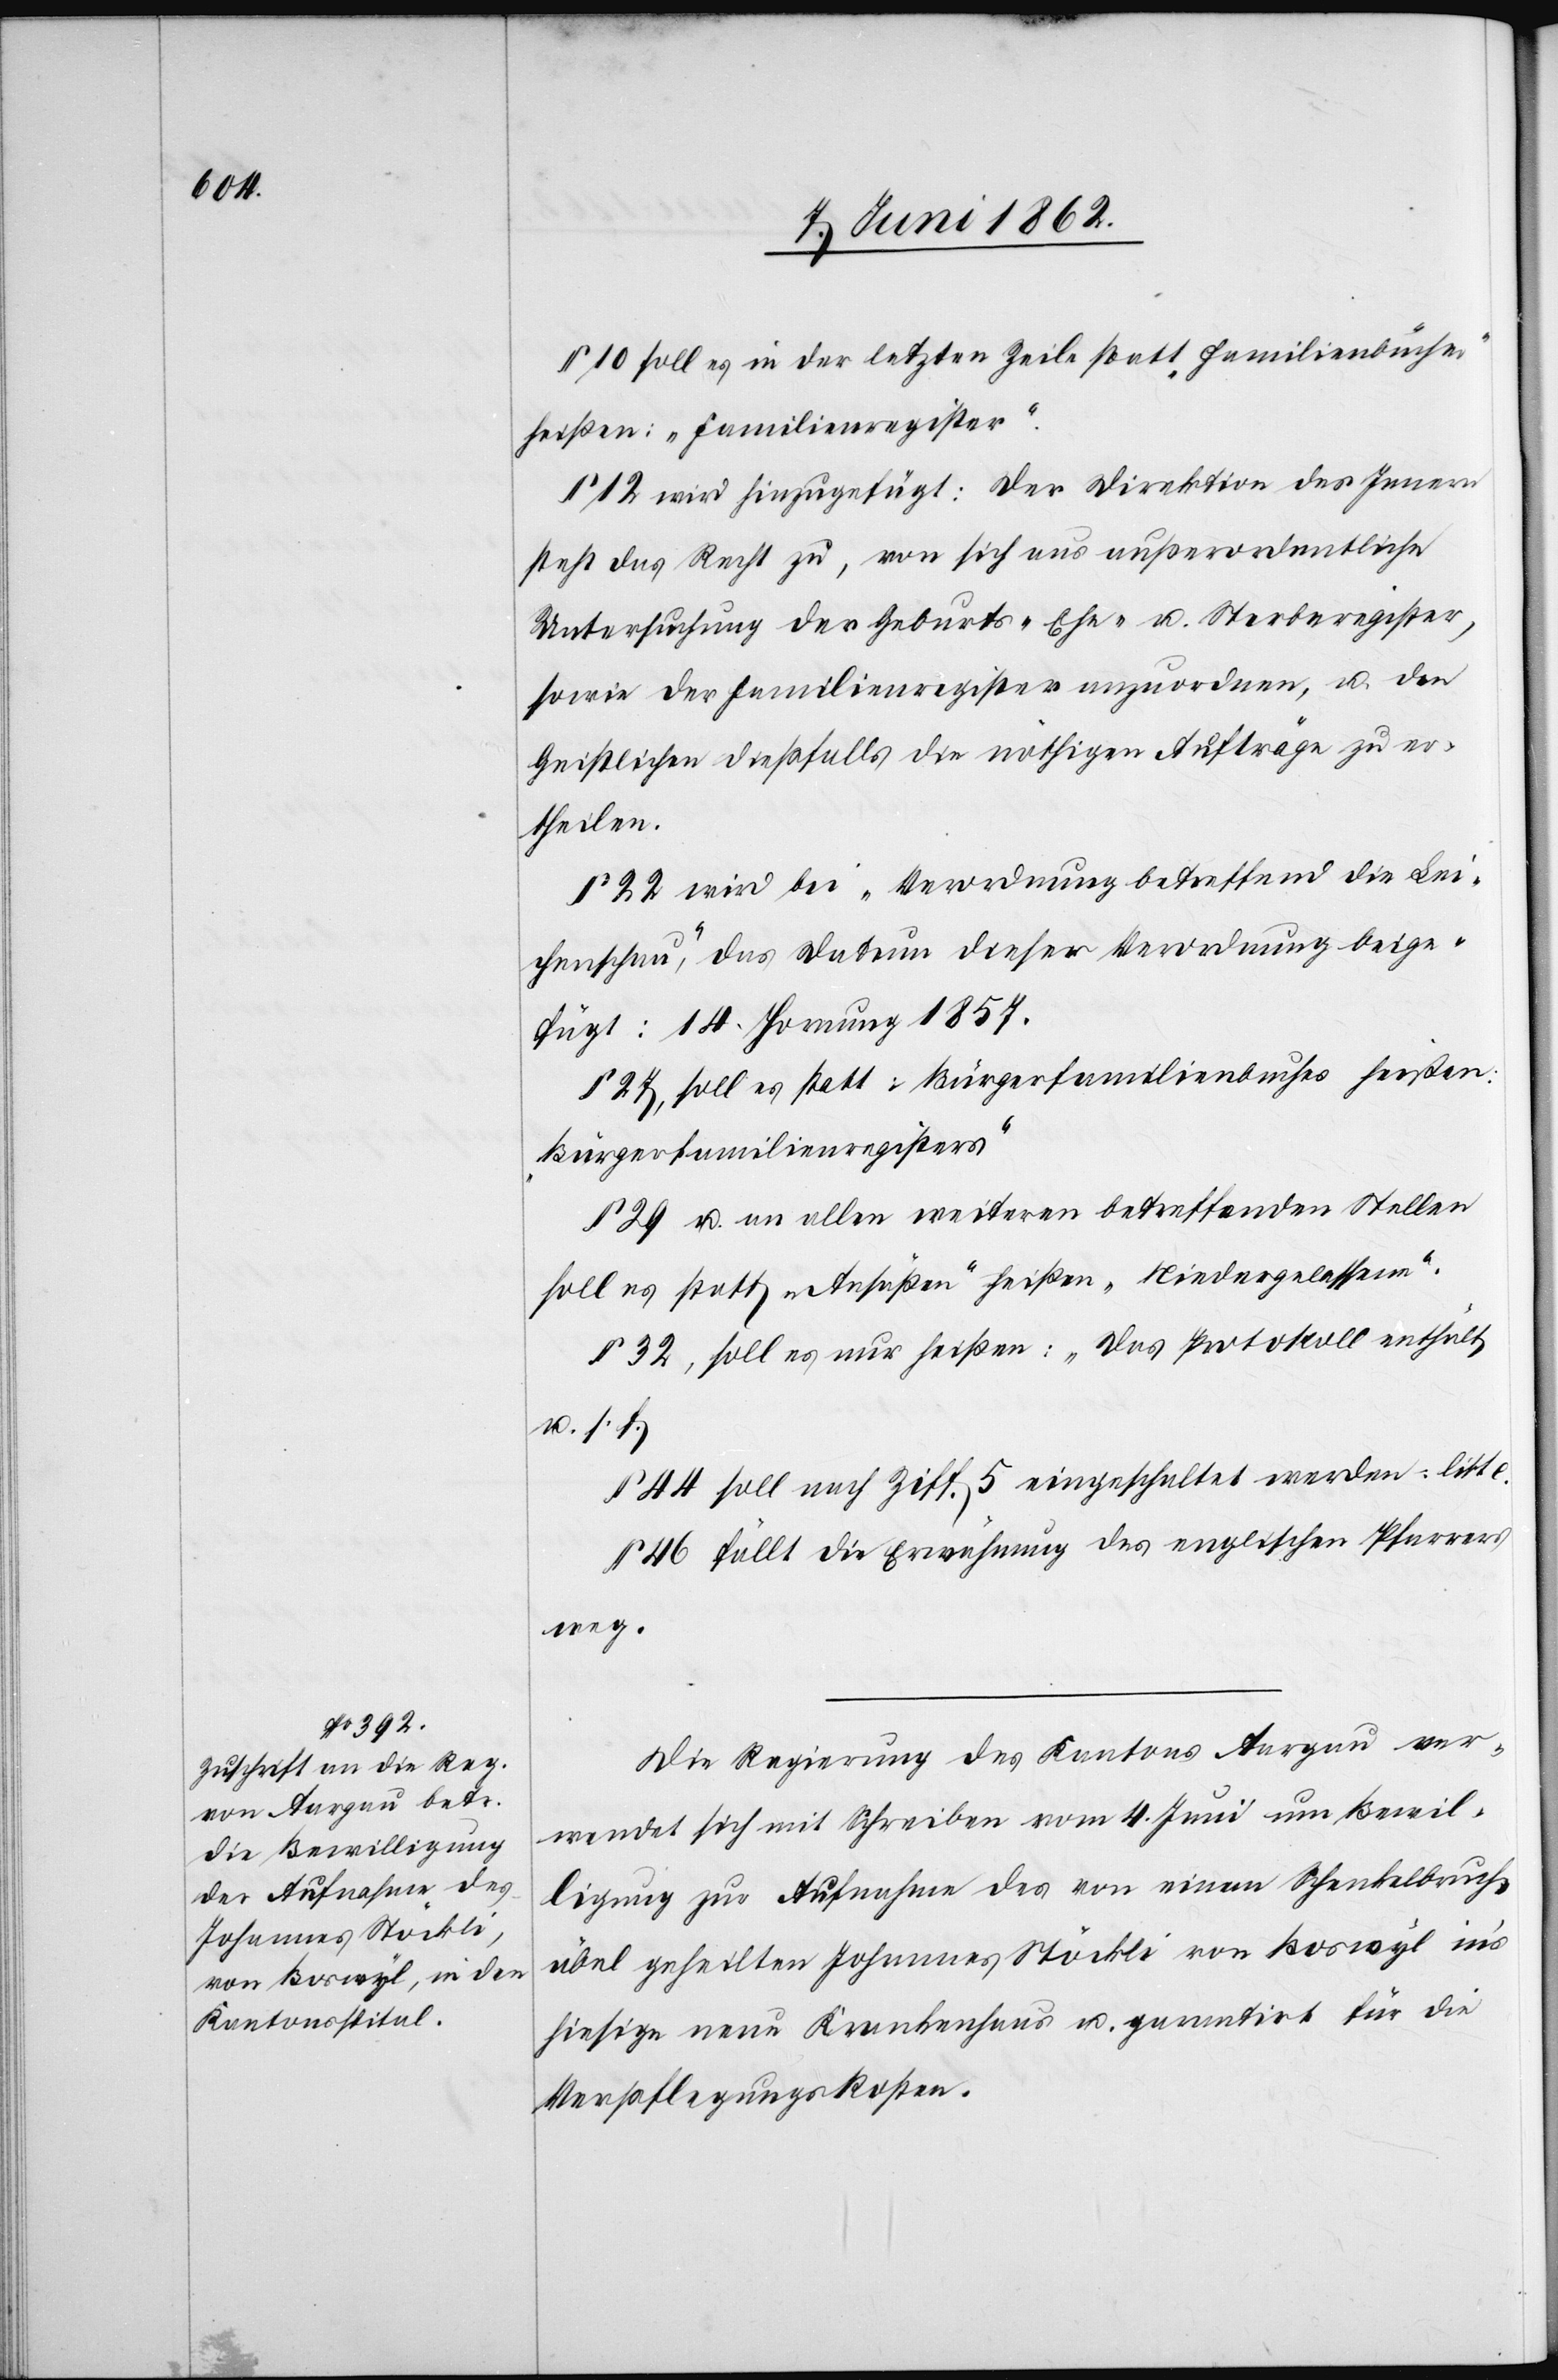
§ 10 soll es in der letzten Zeile statt „Familienbücher“
heißen: „Familienregister“.
12 wird hinzugefügt: Der Direktion des Innern
steht das Recht zu, von sich aus außerordentliche
Untersuchung der Geburts- Ehe- u. Sterberegister,
sowie der Familienregister anzuordnen, u. den
Geistlichen dießfalls die nöthigen Aufträge zu er¬
theilen.
§ 22 wird bei „Verordnung betreffend die Lei¬
chenschau“, das Datum dieser Verordnung beige¬
fügt: 14. Hornung 1857.
§ 27, soll es statt: Bürgerfamilienbuches heißen:
„Bürgerfamilienregister“.
§ 29 u. an allen weiteren betreffenden Stellen
soll es statt „Ansäßen“ heißen „Niedergelassene“.
§ 32, soll es nur heißen: „Das Protokoll enthält
u. s.
§ 44 soll nach Ziff 5 eingeschaltet werden: litt c.
§ 46. fällt die Erwähnung des englischen Pfarrers
weg.
Die Regierung des Kantons Aargau ver¬
wendet sich mit Schreiben vom 4. Juni um Bewil¬
ligung zur Aufnahme des von einem Schenkelbruch
übel geheilten Johannes Stöckli von Boswyl in’s
hiesige neue Krankenhaus u. garantirt für die
Verpflegungskosten.